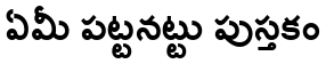
ఏమీ పట్టనట్టు పుస్తకం